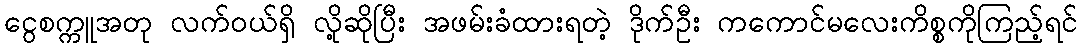
ငွေစက္ကူအတု လက်ဝယ်ရှိ လို့ဆိုပြီး အဖမ်းခံထားရတဲ့ ဒိုက်ဦး ကကောင်မလေးကိစ္စကိုကြည့်ရင်